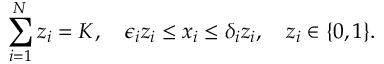
\sum _ { i = 1 } ^ { N } z _ { i } = K , \quad \epsilon _ { i } z _ { i } \le x _ { i } \le \delta _ { i } z _ { i } , \quad z _ { i } \in \{ 0 , 1 \} .